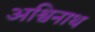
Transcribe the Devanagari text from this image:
अश्विनाथ